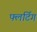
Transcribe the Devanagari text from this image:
फ्लर्टिंग